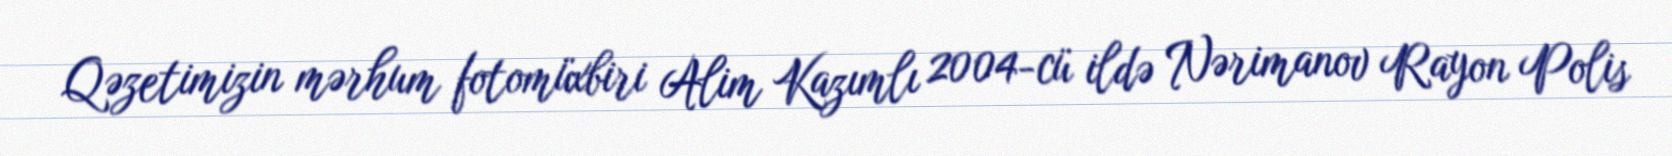
Qəzetimizin mərhum fotomüxbiri Alim Kazımlı 2004-cü ildə Nərimanov Rayon Polis